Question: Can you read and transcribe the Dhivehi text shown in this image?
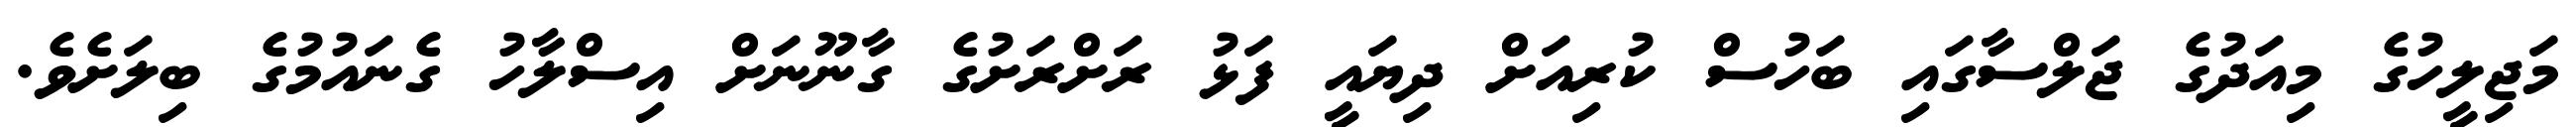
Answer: މަޖިލީހުގެ މިއަދުގެ ޖަލްސާގައި ބަހުސް ކުރިއަށް ދިޔައީ ފަޅު ރަށްރަށުގެ ގާނޫނަށް އިސްލާހު ގެނައުމުގެ ބިލަށެވެ.